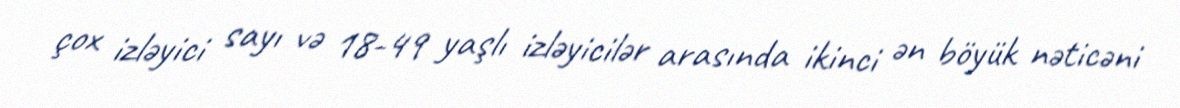
çox izləyici sayı və 18-49 yaşlı izləyicilər arasında ikinci ən böyük nəticəni